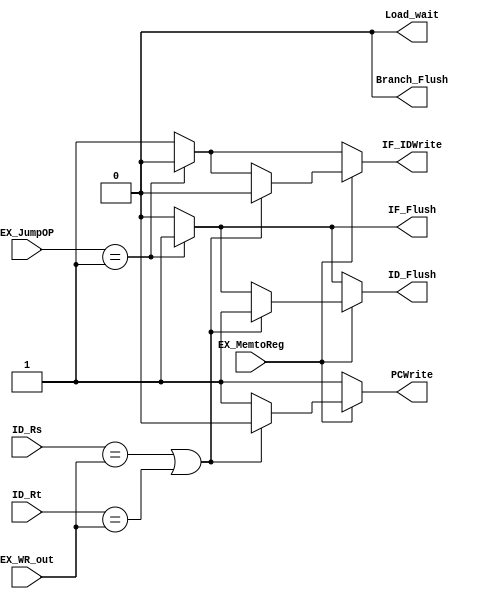
// Hazard Detection Unit

module HDU ( // input
			 ID_Rs,
             ID_Rt,
			 EX_WR_out,
			 EX_MemtoReg,
			 EX_JumpOP,
			 // output
			 PCWrite,			 
			 IF_IDWrite,
			 IF_Flush,
			 ID_Flush,
			 Branch_Flush,
			 Load_wait
			 );
	
	parameter bit_size = 32;
	
	input [4:0] ID_Rs;
	input [4:0] ID_Rt;
	input [4:0] EX_WR_out;
	input EX_MemtoReg;
	input [1:0] EX_JumpOP;
	
	output PCWrite;
	output IF_IDWrite;
	output IF_Flush;
	output ID_Flush;
	output Branch_Flush;
	output Load_wait;
	reg PCWrite;
	reg IF_IDWrite;
	reg IF_Flush;
	reg ID_Flush;
	reg Branch_Flush;
	reg Load_wait;
	
	always @(*) begin
		//default signal value
		PCWrite		 = 1;
		IF_IDWrite	 = 1;
		IF_Flush	 = 0;
		ID_Flush	 = 0;
		Branch_Flush = 0;
		Load_wait	 = 0;
		
		// Branch
		/*if ( write condition - Branch occurs ) begin*/
			/* write the signal change */
			/* ----------------------- */
			
			if(EX_JumpOP == 1) begin
			
			  IF_IDWrite = 0; //Since no branch prediction, flush 3 cycle.
			  IF_Flush = 1;
			  ID_Flush = 1;
			end
			
			
			/* ----------------------- */
		//end
		
		// Load
		/*if ( write condition - Load word data hazard occurs ) begin*/
			/* write the signal change */
			/* ----------------------- */
			if(EX_MemtoReg == 1)
			begin
			  if(ID_Rs == EX_WR_out || ID_Rt == EX_WR_out)
			  begin
			    PCWrite = 0; //don't write PC
			    IF_IDWrite = 0; //Halt data from IF_ID register//
			    ID_Flush = 1; //bubble, I.E. set all control signal to 0//
				//How to determine if it's a R-Type instruction ?//
			  end
			end
			
			/* ----------------------- */
		//end
	end
	
endmodule